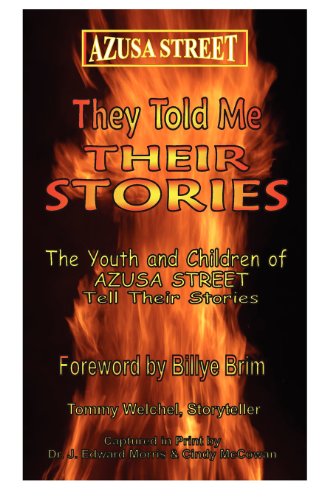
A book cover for Azusa Street: They Told Me Their Stories; J. Edward Morris; Biographies & Memoirs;